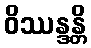
ဝိဿန္ဒန္တိ